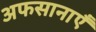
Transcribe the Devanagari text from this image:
अफसानाएँ